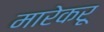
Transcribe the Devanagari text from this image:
मारेकरू